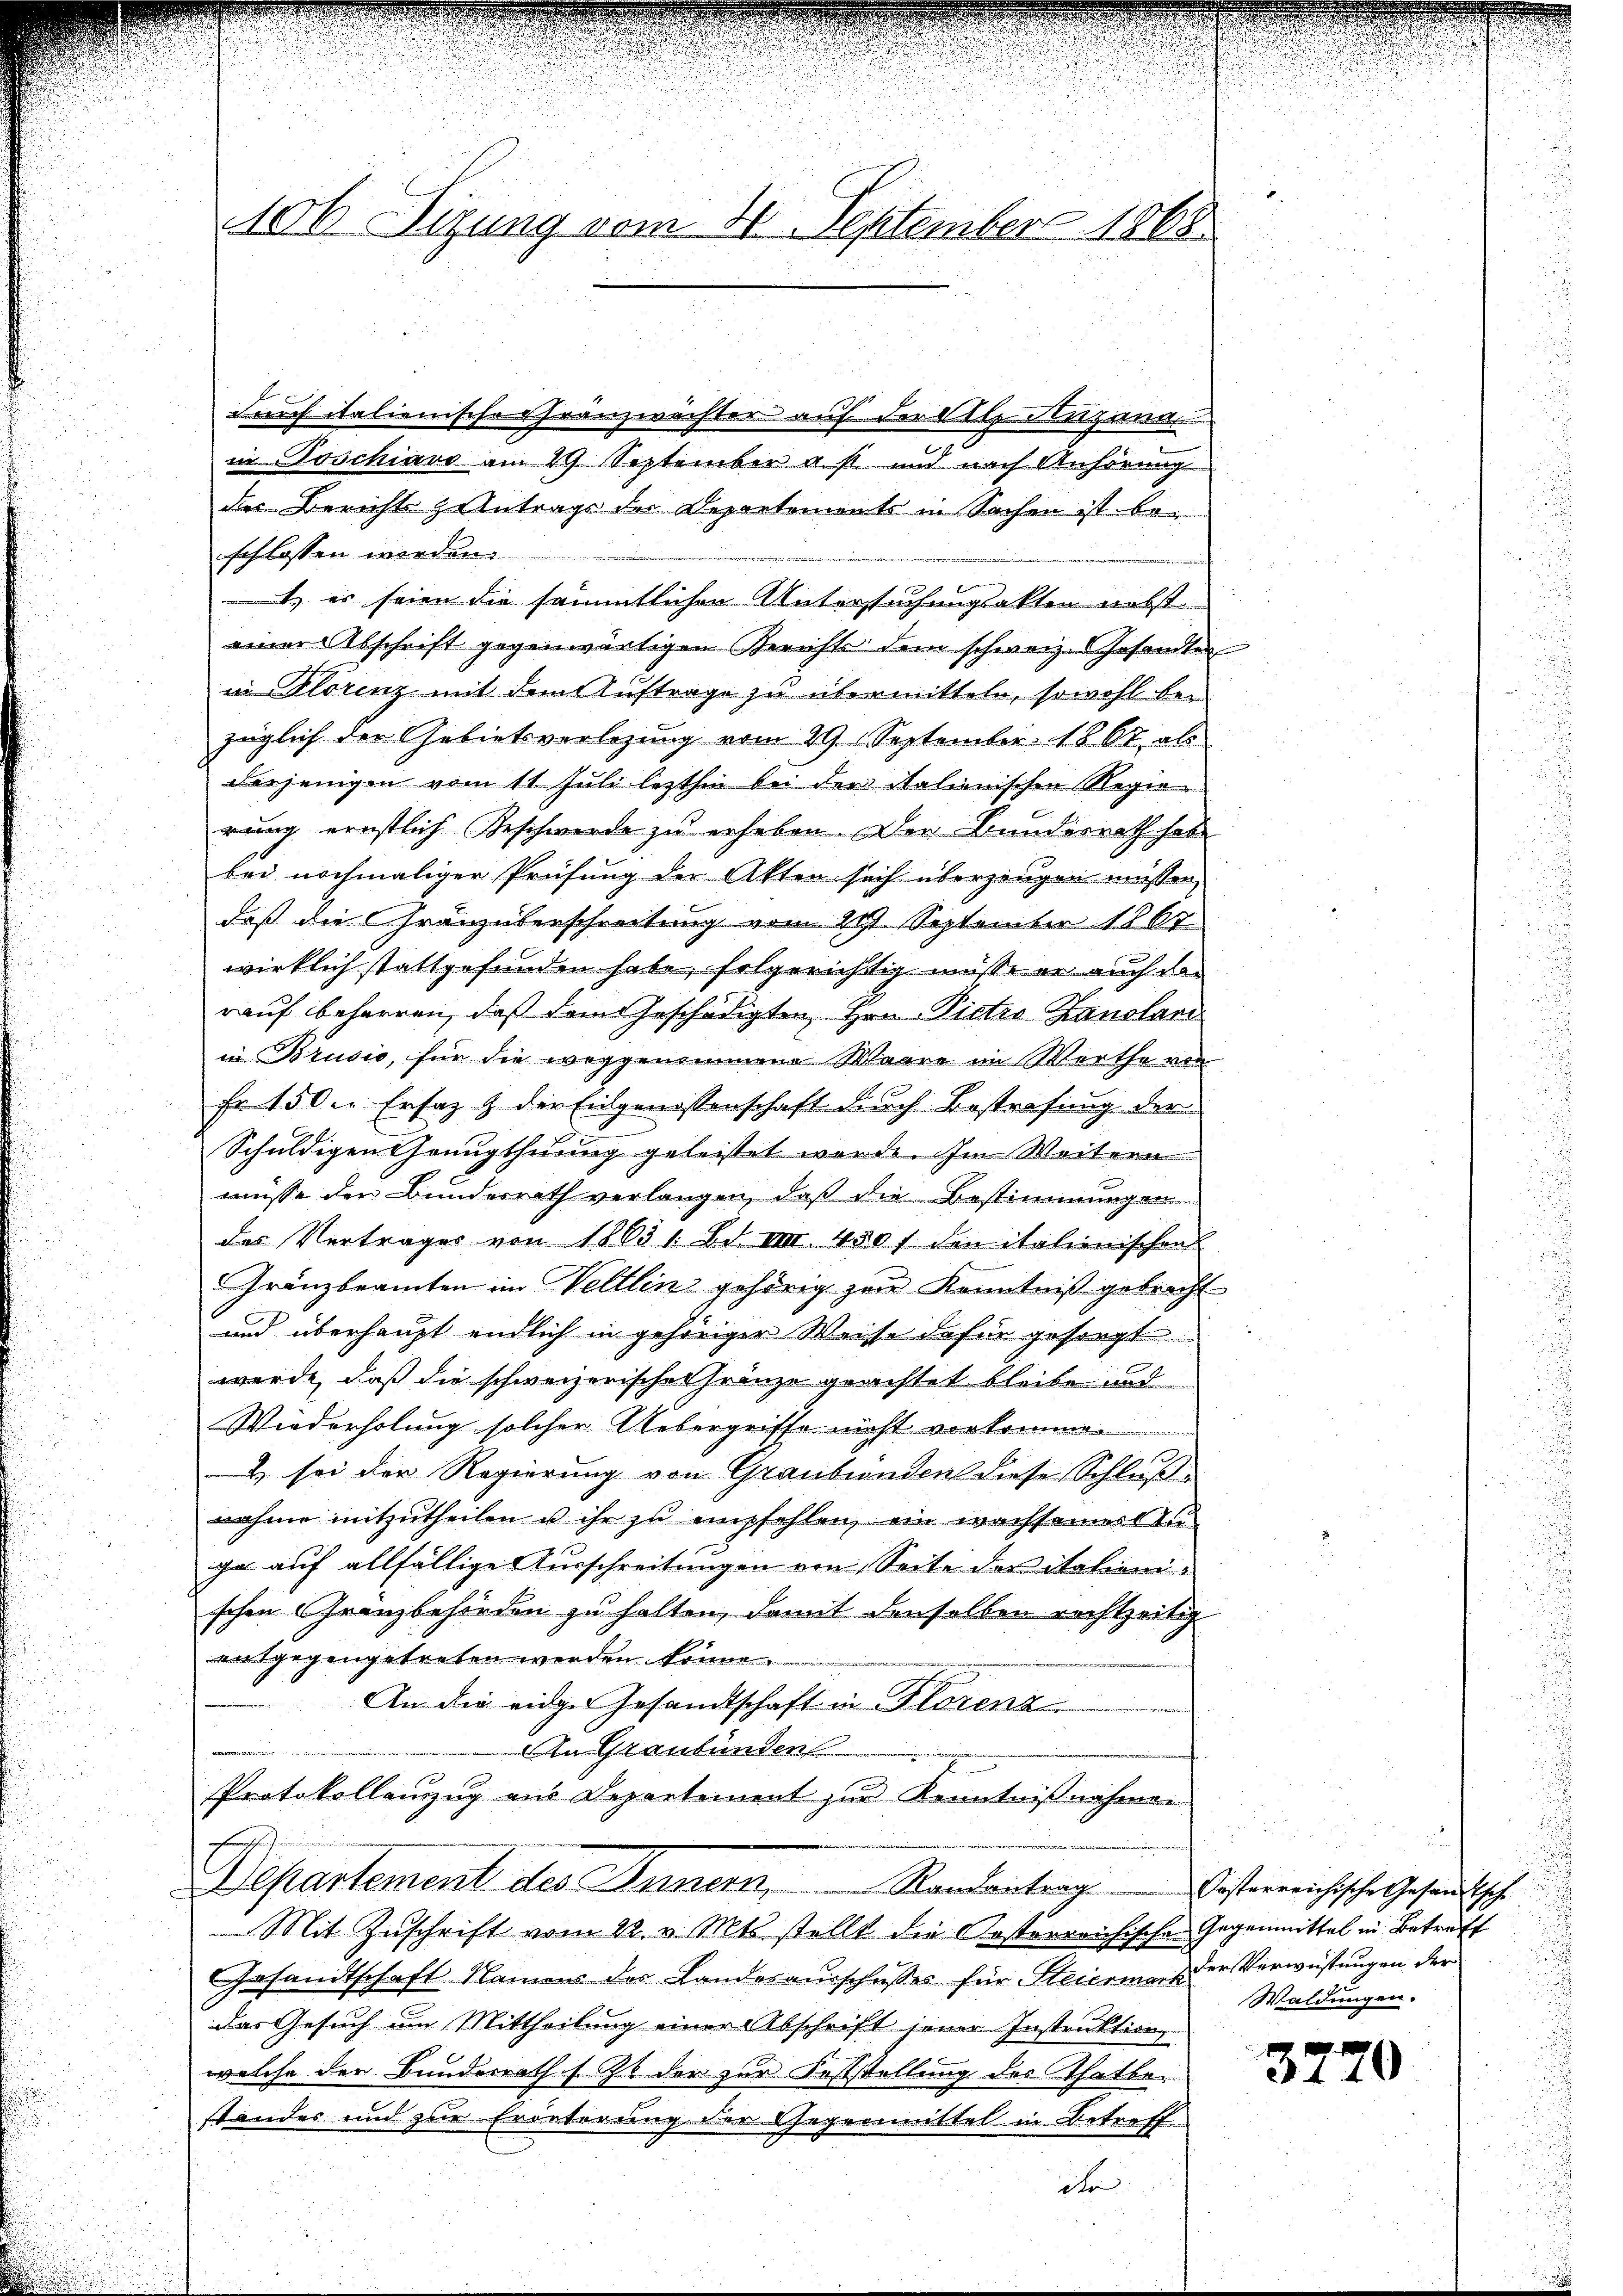
106 Sizung vom 30. September 1865

durch italienische Franzwächter auf der Alle Huzann
in Poschiavo am 29 September a. s. und nach Anhörung
der Berichts geantrags der Departements in Sachen ist beschlossen werden.
t es seien die sämmtlichen Untersuchungsakten nebst
einer Abschrift gegenwärtigen Gerichts dem schweiz. Gesandten
in Florenz mit dem Auftrage zu übermitteln, sowohl bei
züglich der Gebietsverlegung vom 29. September 1867, als
derjenigen vom 11. Juli lezthin bei der italienischen Regierung ernstlich Geschwerde zu erheben. Der Bundesrath habe
bei nochmaliger Prüfung der Akten sich überzeugen müssen,
daß die Gränzüterschreitung vom 29t September 1867.
wirklich stattgefunden habe, folgerichtig müsse er auch den
rauf beharren, daß dem Geschädigten, Hrn. Pictes Zanolari
in Brusio, für die weggenommene Waare im Werthe von
Fr 150. Ersatz & der Eidgenossenschaft durch Bestrafung der
Schuldigen Genugthuung geleistet werde. Im Weitern
müsse den Bundesrath verlangen, daß die Bestimmungen
des Vertrages von 1863 1. Bd. III 450 f den italienischens
Gränzbeamten im Veltlin gehörig zur Kenntniß gebracht
und überhaupt endlich in gehöriger Weise dafür gesorgt
werde, daß die schweizerischer Franze geachtet bleibe und
Wiederholung solcher Uebergriffe nicht verkommen
& sei der Regierung von Graubünden diese Schluß
nahme mitzutheilen u ihr zu empfehlen, ein wachsamer T
ga auf allfällige Ausschreitungen von Seite des Stationischen Gränzbehörden zu halten, damit denselben rechtzeitig
entgegengetreten werden könne.
An die eidge Gesandtschaft in Florenz
In Graubünden
Protokollauszug aus Departement zur Kenntnißnahmen
Departement des Innern,   Randanter
Mit Zŭschrift vom 22. v. Mts. stellt die Kosterreichische Gegenmittel in Betreff
Gesandtschaft Namens der Landesaŭsschusses für Steierme der Verwüstungen der
das Gesuch um Mittheilung einer Abschrift jener Instruktion
welche der Bunderrath s. Z. der zur Feststellung des Thatbestandes und zur Erörterung der Gegenmittel in Betreff
it

Oesterreichische Gesandtsche
Waldungen.

3270